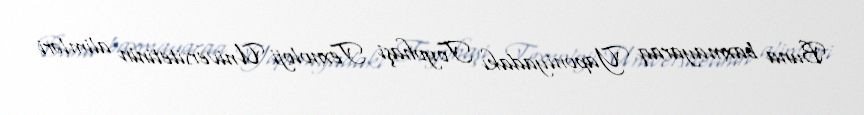
Buna baxmayaraq Yaponiyadakı Toyohaşi Texnoloji Universitetinin alimləri